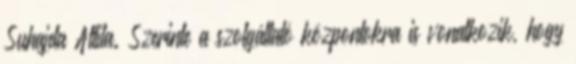
Suhajda Attila. Szerinte a szolgáltató központokra is vonatkozik, hogy